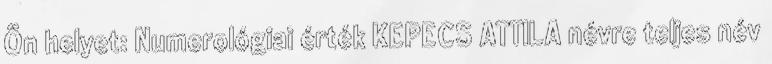
Ön helyet: Numerológiai érték KEPECS ATTILA névre teljes név